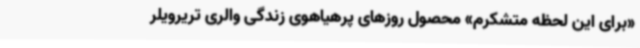
«برای این لحظه متشکرم» محصول روزهای پرهیاهوی زندگی والری تریرویلر